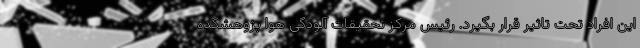
این افراد تحت تاثیر قرار بگیرد. رئیس مرکز تحقیقات آلودگی هوا پژوهشکده